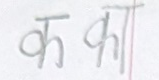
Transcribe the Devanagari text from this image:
क का